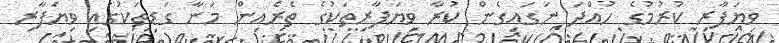
ވިޔަފާރި ކުރުމުގެ ހުއްދަ ނަގައިގެން ކުރާ ވިޔަފާރިތަކުގެ ތެރެއިން މަނާ ގަޑިތަކުގައި ވިޔަފާރި